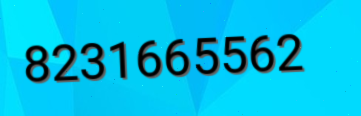
8231665562